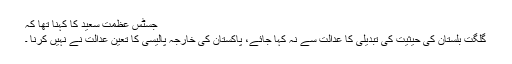
جسٹس عظمت سعید کا کہنا تھا کہ
گلگت بلستان کی حیثیت کی تبدیلی کا عدالت سے نہ کہا جائے، پاکستان کی خارجہ پالیسی کا تعین عدالت نے نہیں کرنا ۔